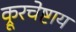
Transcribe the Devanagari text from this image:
क्रूरचेष्टाय